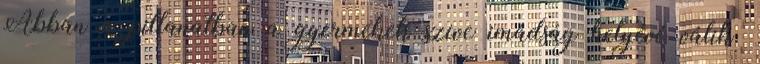
Abban a pillanatban a gyermekek szíve imádság helyévé válik.